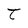
Character: t